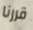
قررنا